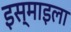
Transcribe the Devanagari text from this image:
इस्माइला